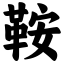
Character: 鞍